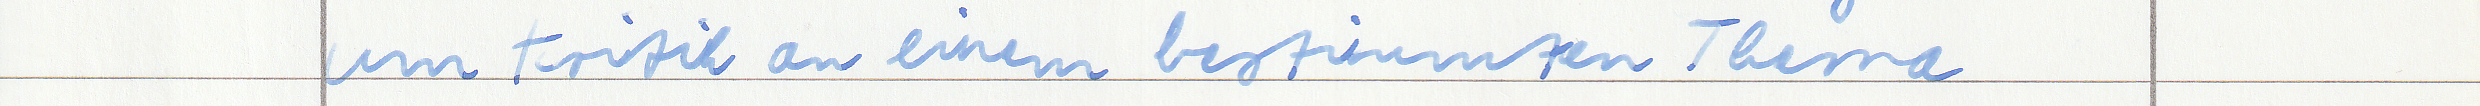
um Kritik an einem bestimmten Thema